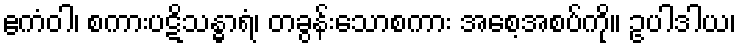
ဧကံဝါ၊ စကားပဋိသန္ဓာရံ၊ တခွန်းသောစကား အစေ့အစပ်ကို။ ဥပါဒါယ၊